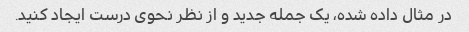
در مثال داده شده، یک جمله جدید و از نظر نحوی درست ایجاد کنید.